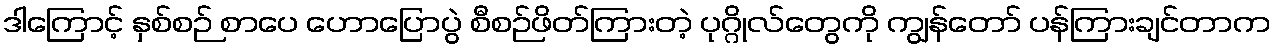
ဒါကြောင့် နှစ်စဉ် စာပေ ဟောပြောပွဲ စီစဉ်ဖိတ်ကြားတဲ့ ပုဂ္ဂိုလ်တွေကို ကျွန်တော် ပန်ကြားချင်တာက